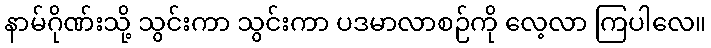
နာမ်ဂိုဏ်းသို့ သွင်းကာ သွင်းကာ ပဒမာလာစဉ်ကို လေ့လာ ကြပါလေ။